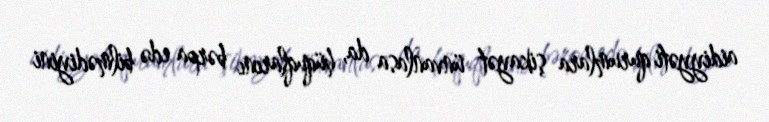
aidiyyəti qurumlara şikayət ünvanlasa da, hüquqlarını bərpa edə bilmədiyini